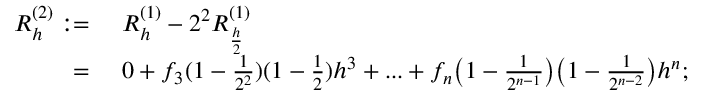
\begin{array} { r l } { R _ { h } ^ { ( 2 ) } : = } & { \ R _ { h } ^ { ( 1 ) } - 2 ^ { 2 } R _ { \frac { h } { 2 } } ^ { ( 1 ) } } \\ { = } & { \ 0 + f _ { 3 } ( 1 - \frac { 1 } { 2 ^ { 2 } } ) ( 1 - \frac { 1 } { 2 } ) h ^ { 3 } + . . . + f _ { n } \big ( 1 - \frac { 1 } { 2 ^ { n - 1 } } \big ) \big ( 1 - \frac { 1 } { 2 ^ { n - 2 } } \big ) h ^ { n } ; } \end{array}